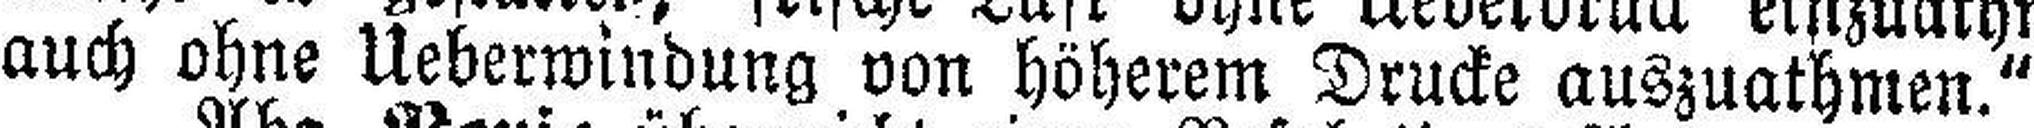
auch ohne Ueberwindung von höherem Drucke auszuathmen."